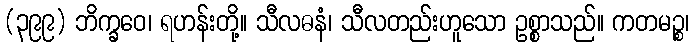
(၃၉၉) ဘိက္ခဝေ၊ ရဟန်းတို့။ သီလဓနံ၊ သီလတည်းဟူသော ဥစ္စာသည်။ ကတမဉ္စ၊